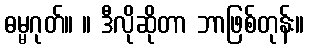
ဓမ္မဂုတ်။ ။ ဒီလိုဆိုတာ ဘာဖြစ်တုန်း။